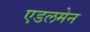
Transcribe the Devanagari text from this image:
एडलमेन